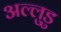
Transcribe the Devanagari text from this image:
अल्लुडु